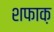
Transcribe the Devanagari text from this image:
शफाक़